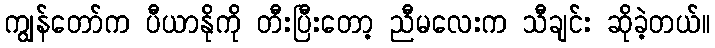
ကျွန်တော်က ပီယာနိုကို တီးပြီးတော့ ညီမလေးက သီချင်း ဆိုခဲ့တယ်။